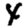
Digit: 4